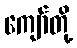
ကျော်တို့